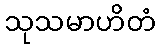
သုသမာဟိတံ